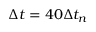
\Delta t = 4 0 \Delta t _ { n }